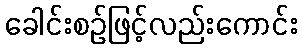
ခေါင်းစဉ်ဖြင့်လည်းကောင်း